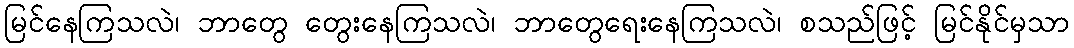
မြင်နေကြသလဲ၊ ဘာတွေ တွေးနေကြသလဲ၊ ဘာတွေရေးနေကြသလဲ၊ စသည်ဖြင့် မြင်နိုင်မှသာ